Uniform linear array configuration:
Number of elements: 24
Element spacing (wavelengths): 1
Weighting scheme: binomial
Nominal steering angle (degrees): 0
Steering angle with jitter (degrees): -0.8482
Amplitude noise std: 0.05
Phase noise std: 0.05

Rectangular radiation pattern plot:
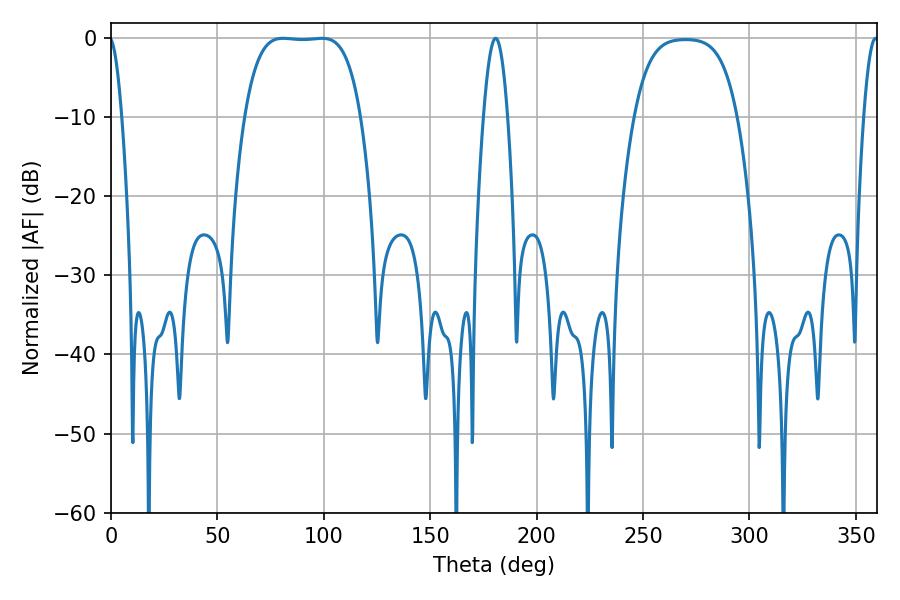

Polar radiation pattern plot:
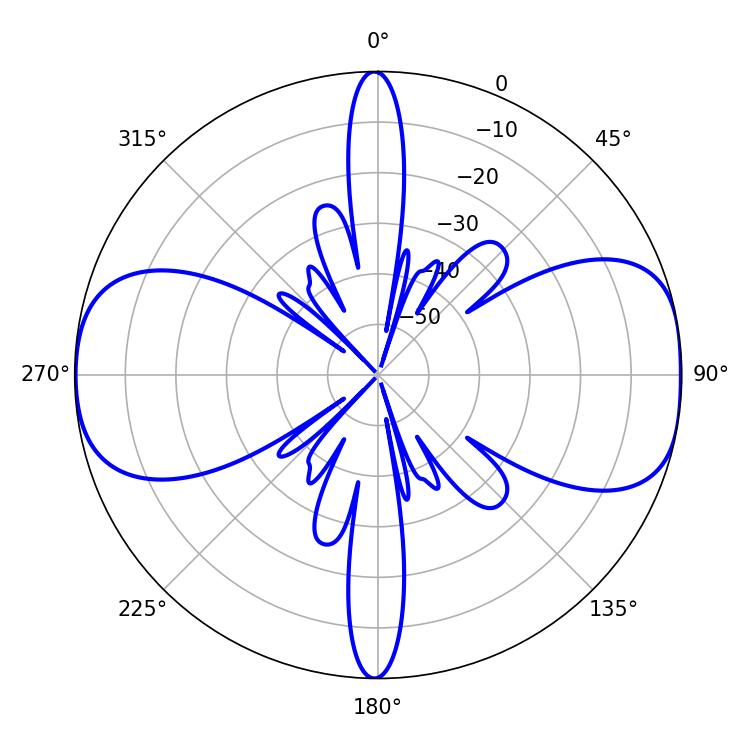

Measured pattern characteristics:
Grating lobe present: TRUE
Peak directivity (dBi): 11.109
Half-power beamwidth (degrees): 42.12
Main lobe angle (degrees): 80.82